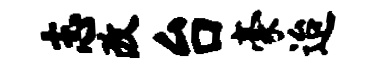
志改台豪迨